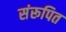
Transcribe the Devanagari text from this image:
संरूपित